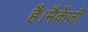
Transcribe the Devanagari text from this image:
है।मैकेंज़ी